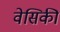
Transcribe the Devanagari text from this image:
वेसिकी